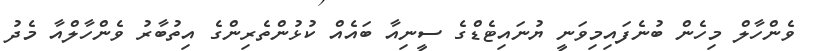
ވެންހާލް މިހެން ބުނެފައިމިވަނީ ޔުނައިޓެޑްގެ ސީނިއާ ބައެއް ކުޅުންތެރިންގެ އިތުބާރު ވެންހާލްއާ މެދު